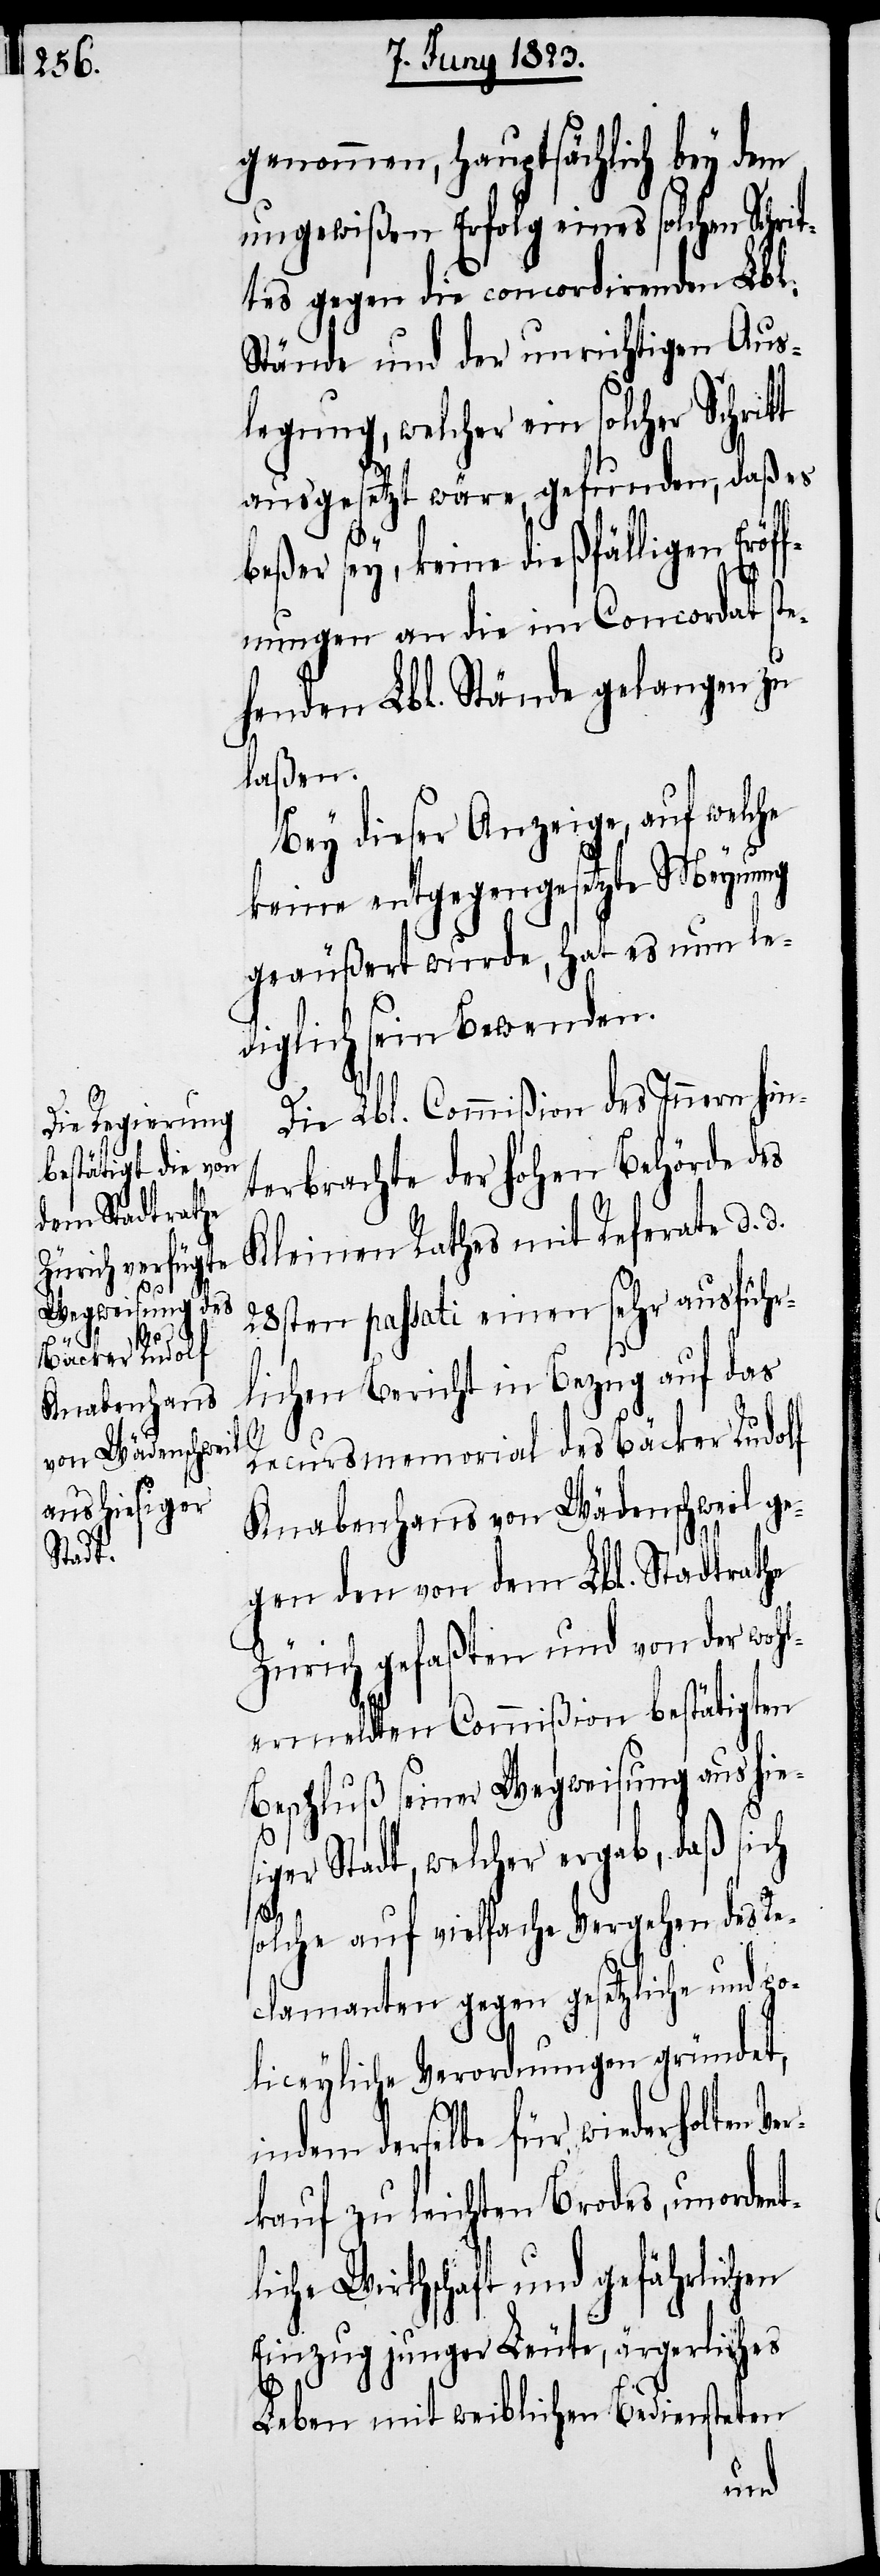
genommen, hauptsächlich bey dem
ungewißen Erfolg eines solchen Schr¬
tes gegen die concordirenden Lbl.
Stände und der unrichtigen Aus¬
legung, welcher ein solcher Schrit¬
ausgesetzt wäre, gefunden, daß es
beßer sey, keine dießfälligen Eröf¬
fnungen an die im Concordat ste¬
henden Lbl. Stände gelangen zu
laßen.
Bey dieser Anzeige, auf welche
keine entgegengesetzte Meynung
geäußert wurde, hat es nun le¬
diglich sein Bewenden.
Die Lbl. Commißion des Innern hin¬
terbrachte der hohen Behörde des
28sten passati einen sehr ausführ¬
d.
lichen Bericht in Bezug auf das
Recursmemorial des Bäcker Rudolf
Knabenhans von Wädenschweil ge¬
gen den von dem Lbl. Stadtrathe
Zürich gefaßten und von der woh¬
lermeldten Commißion bestätigten
Beschluß seiner Wegweisung aus hies¬
Stadt, welcher ergab, daß sich
solche auf vielfache Vergehen des Re¬
clamanten gegen gesetzliche und po¬
liceyliche Verordnungen gründet,
indem derselbe für wiederholten
kauf zu leichten Brodes, unorden¬
tliche Wirthschaft und gefährlichen
Einzug junger Leute, ärgerliches
Leben mit weiblichen Bediensteten
Ver¬